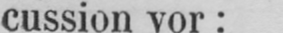
cussion vor: